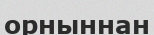
орныннан